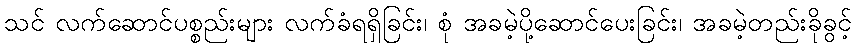
သင် လက်ဆောင်ပစ္စည်းများ လက်ခံရရှိခြင်း၊ စုံ အခမဲ့ပို့ဆောင်ပေးခြင်း၊ အခမဲ့တည်းခိုခွင့်